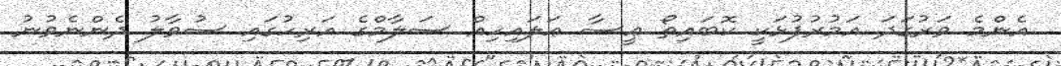
އެންމެ ވަރުގަދަ އަމުރުފުޅަކީ ކޮބައިތޯ ޢީސާ ޢަލައިހިއް ސަލާމްގެ އަރިހުގައި ސުވާލު ދެންނެވުނު